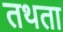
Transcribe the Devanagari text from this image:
तथता